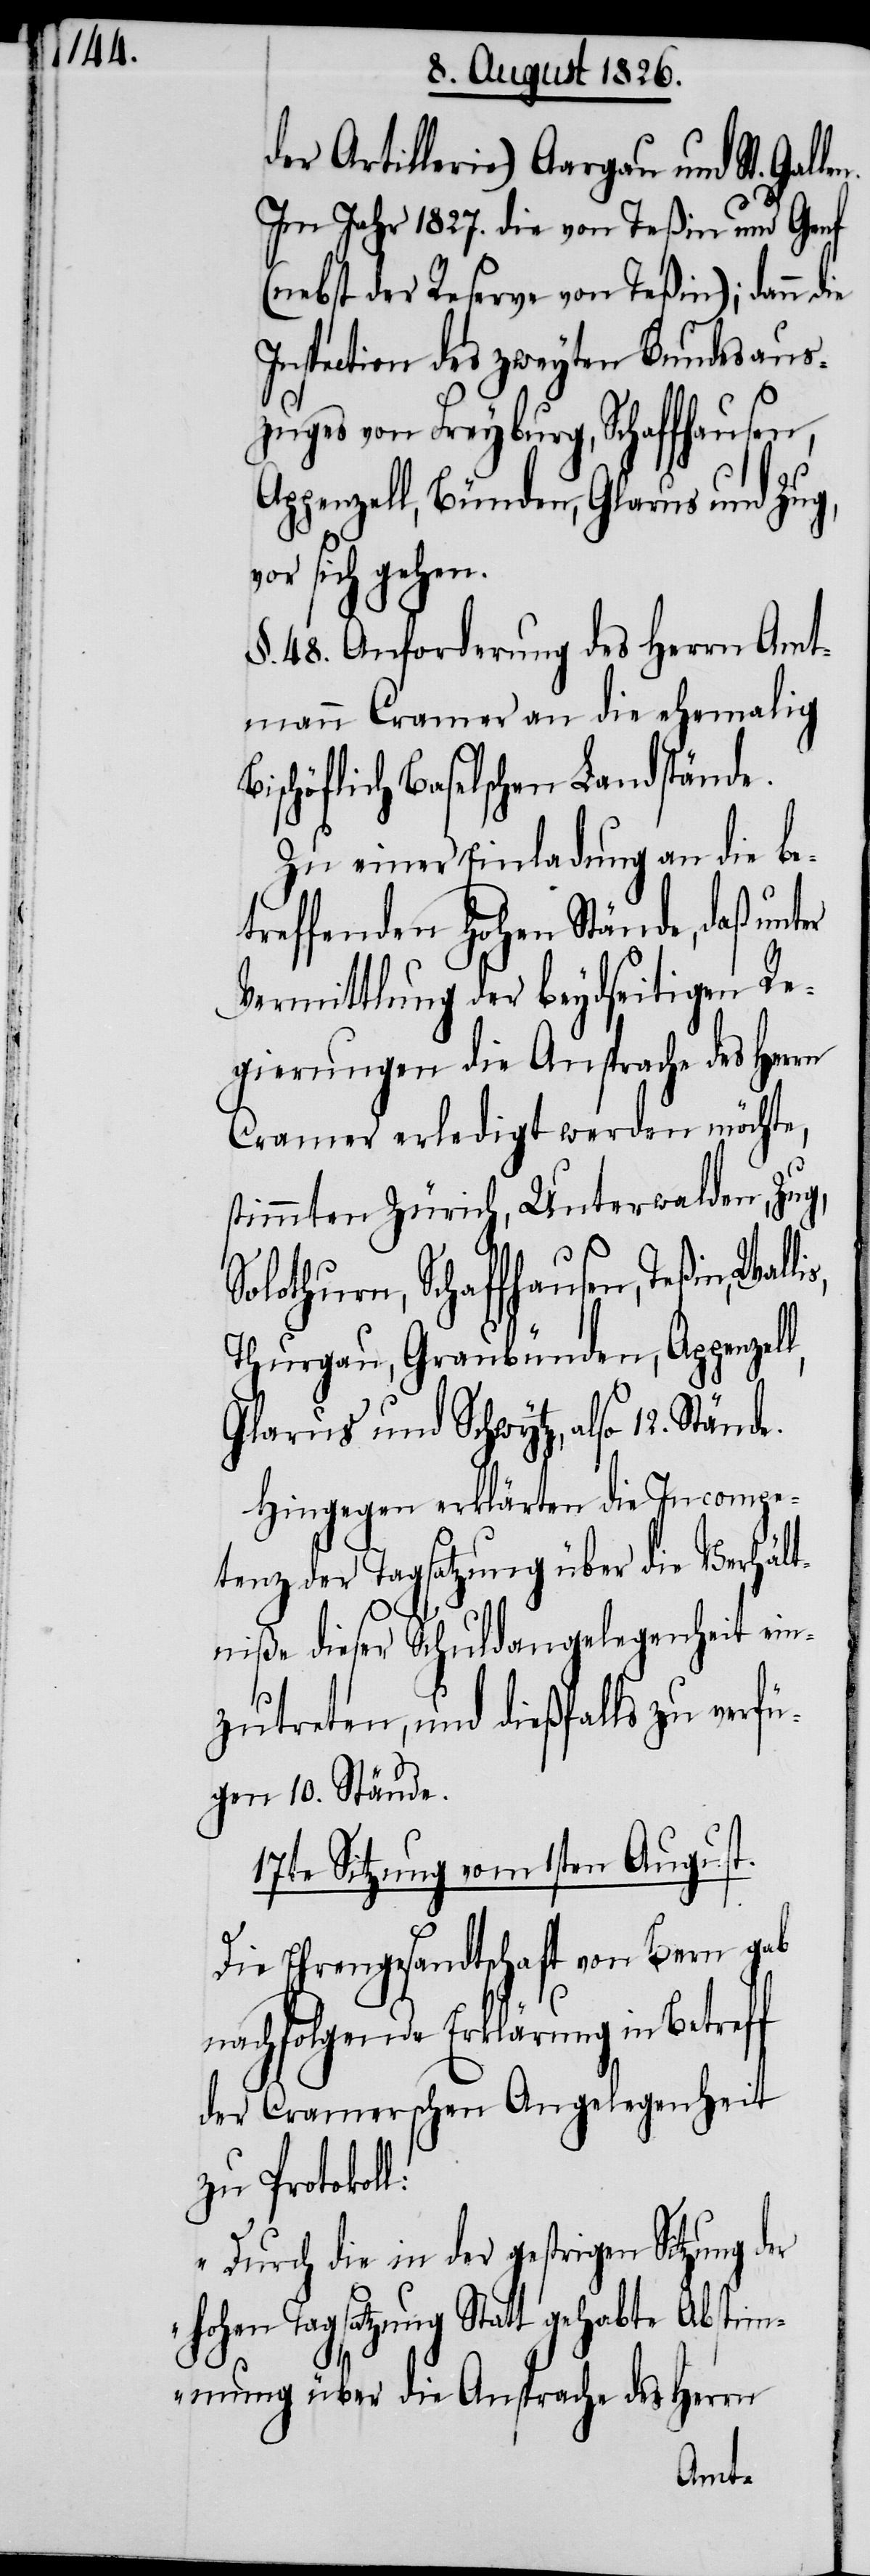
der Artillerie) Aargau und St.
Im Jahr 1827. die von Teßin und Genf
(nebst der Reserve von Teßin); dann
Inspection des zweyten Bundesaus¬
zuges von Freyburg, Schaffhausen,
Appenzell, Bünden, Glarus und Zug,
vor sich gehen.
§. 48. Anforderung des Herrn Amt¬
mann Cramer an die ehemalig
Bischöflich Baselschen Landstände.
Zu einer Einladung an die be¬
treffenden hohen Stände, daß unter
Vermittlung der beydseitigen Re¬
gierungen die Ansprache des Herrn
Cramer erledigt werden möchte,
stimmten Zürich, Unterwalden, Zug,
Solothurn, Schaffhausen, Teßin,
Thurgau, Graubünden, Appenzel¬
Glarus und Schwytz, also 12.
Hingegen erklärten die Incompe¬
tenz der Tagsatzung über die Verhält¬
niße dieser Schuldangelegenheit ein¬
zutreten, und dießfalls zu verfü¬
gen 10. Stände.
17te Sitzung vom 1sten August.
Die Ehrengesandtschaft von Bern gab
nachfolgende Erklärung in Betreff
der Cramerschen Angelegenheit
zu Protokoll:
„Durch die in der gestrigen Sitzung der
hohen Tagsatzung Statt gehabte Abstim¬
mung über die Ansprache des Herrn
l,